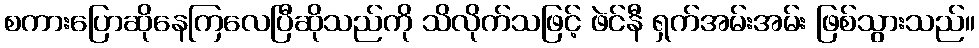
စကားပြောဆိုနေကြလေပြီဆိုသည်ကို သိလိုက်သဖြင့် ဖဲင်နီ ရှက်အမ်းအမ်း ဖြစ်သွားသည်။